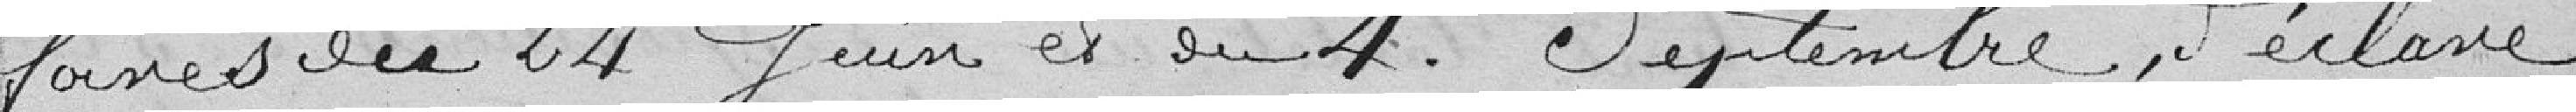
foires du 24 Juin et du 4 septembre, déclare